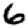
Digit: 6